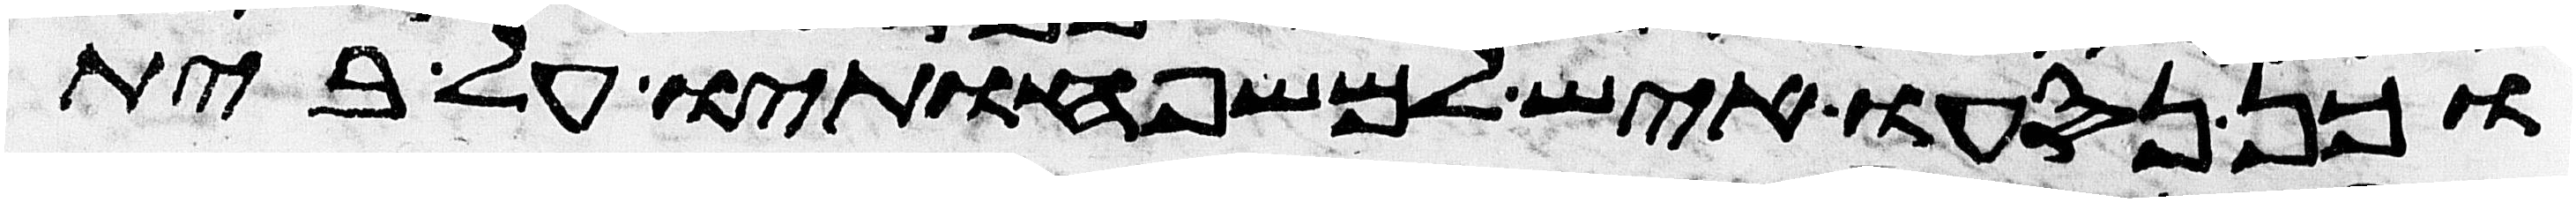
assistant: וכן נסעו איש למשפחותיו על בית